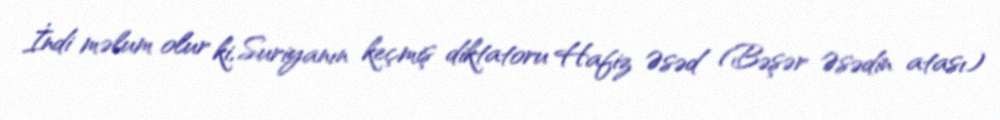
İndi məlum olur ki, Suriyanın keçmiş diktatoru Hafiz Əsəd (Bəşər Əsədin atası)